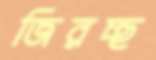
জিরচ্ছ